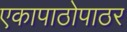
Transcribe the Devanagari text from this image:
एकापाठोपाठर